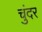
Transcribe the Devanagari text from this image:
चुंदर